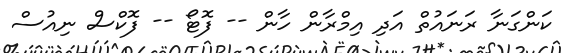
ކަންގަނާ ރަނައުތް އަދި އިމްރާން ހާން -- ފޮޓޯ -- ފޮކްސް ނިއުސް